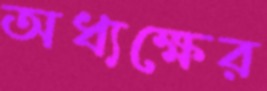
অধ্যক্ষের